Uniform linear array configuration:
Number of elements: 32
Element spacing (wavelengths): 0.5
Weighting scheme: uniform
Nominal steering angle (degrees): -30
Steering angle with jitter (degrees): -30.792
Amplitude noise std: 0.05
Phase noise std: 0.05

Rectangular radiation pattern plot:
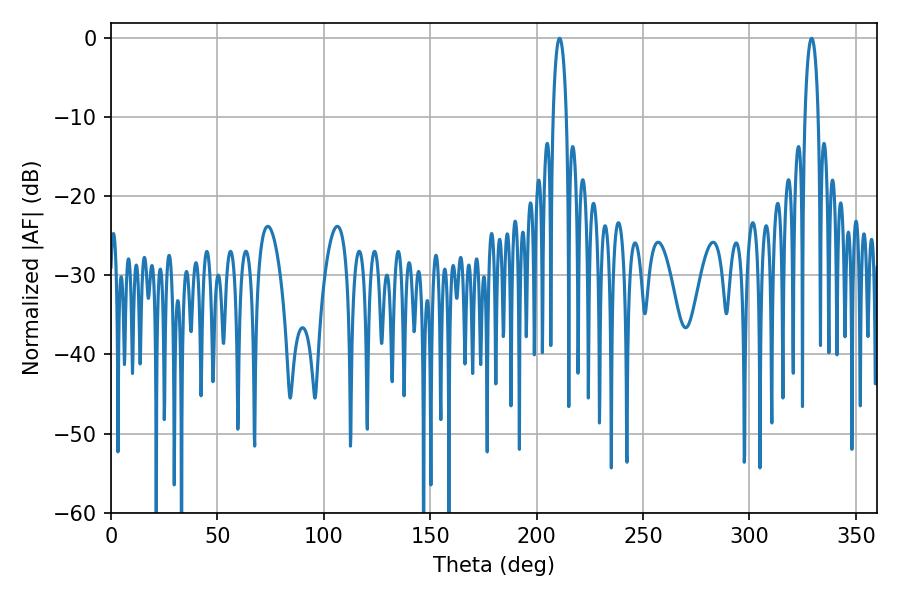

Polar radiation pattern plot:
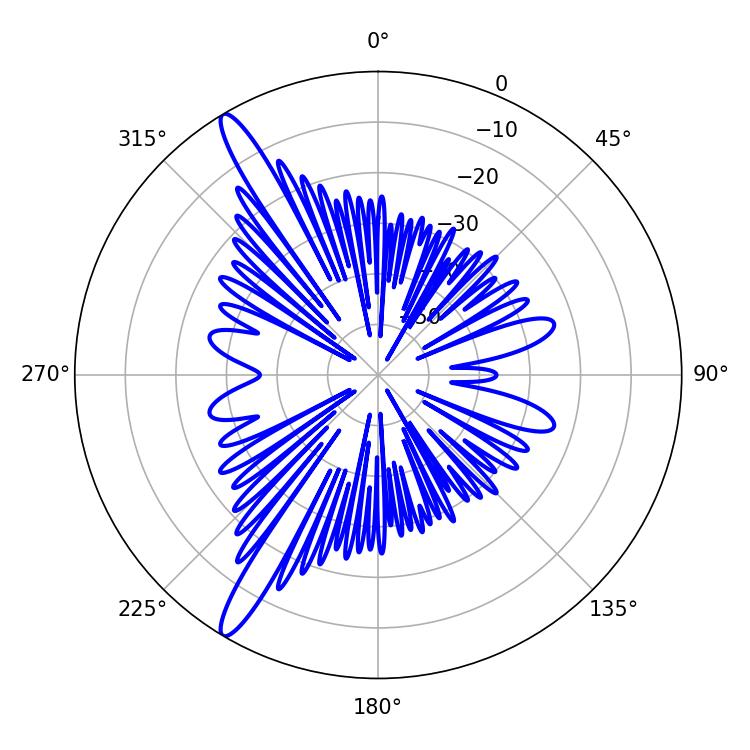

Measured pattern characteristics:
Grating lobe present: FALSE
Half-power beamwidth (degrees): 3.6
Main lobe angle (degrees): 210.78